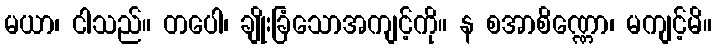
မယာ၊ ငါသည်။ တပေါ၊ ချိုးခြံသောအကျင့်ကို။ န စအာစိဏ္ဏော၊ မကျင့်မိ။